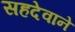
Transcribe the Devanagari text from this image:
सहदेवाने